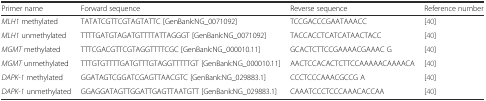
<table><thead><tr><td><b>Primer name</b></td><td><b>Forward sequence</b></td><td><b>Reverse sequence</b></td><td><b>Reference number</b></td></tr></thead><tbody><tr><td><i>MLH1</i> methylated</td><td>TATATCGTTCGTAGTATTC [GenBank:NG_0071092]</td><td>TCCGACCCGAATAAACC</td><td>[40]</td></tr><tr><td><i>MLH1</i> unmethylated</td><td>TTTTGATGTAGATGTTTTATTAGGGT [GenBank:NG_0071092]</td><td>TACCACCTCATCATAACTACC</td><td>[40]</td></tr><tr><td><i>MGMT</i> methylated</td><td>TTTCGACGTTCGTAGGTTTTCGC [GenBank:NG_000010.11]</td><td>GCACTCTTCCGAAAACGAAAC G</td><td>[40]</td></tr><tr><td><i>MGMT</i> unmethylated</td><td>TTTGTGTTTTGATGTTTGTAGGTTTTTGT [GenBank:NG_000010.11]</td><td>AACTCCACACTCTTCCAAAAACAAAACA</td><td>[40]</td></tr><tr><td><i>DAPK-1</i> methylated</td><td>GGATAGTCGGATCGAGTTAACGTC [GenBank:NG_029883.1]</td><td>CCCTCCCAAACGCCG A</td><td>[40]</td></tr><tr><td><i>DAPK-1</i> unmethylated</td><td>GGAGGATAGTTGGATTGAGTTAATGTT [GenBank:NG_029883.1]</td><td>CAAATCCCTCCCAAACACCAA</td><td>[40]</td></tr></tbody></table>